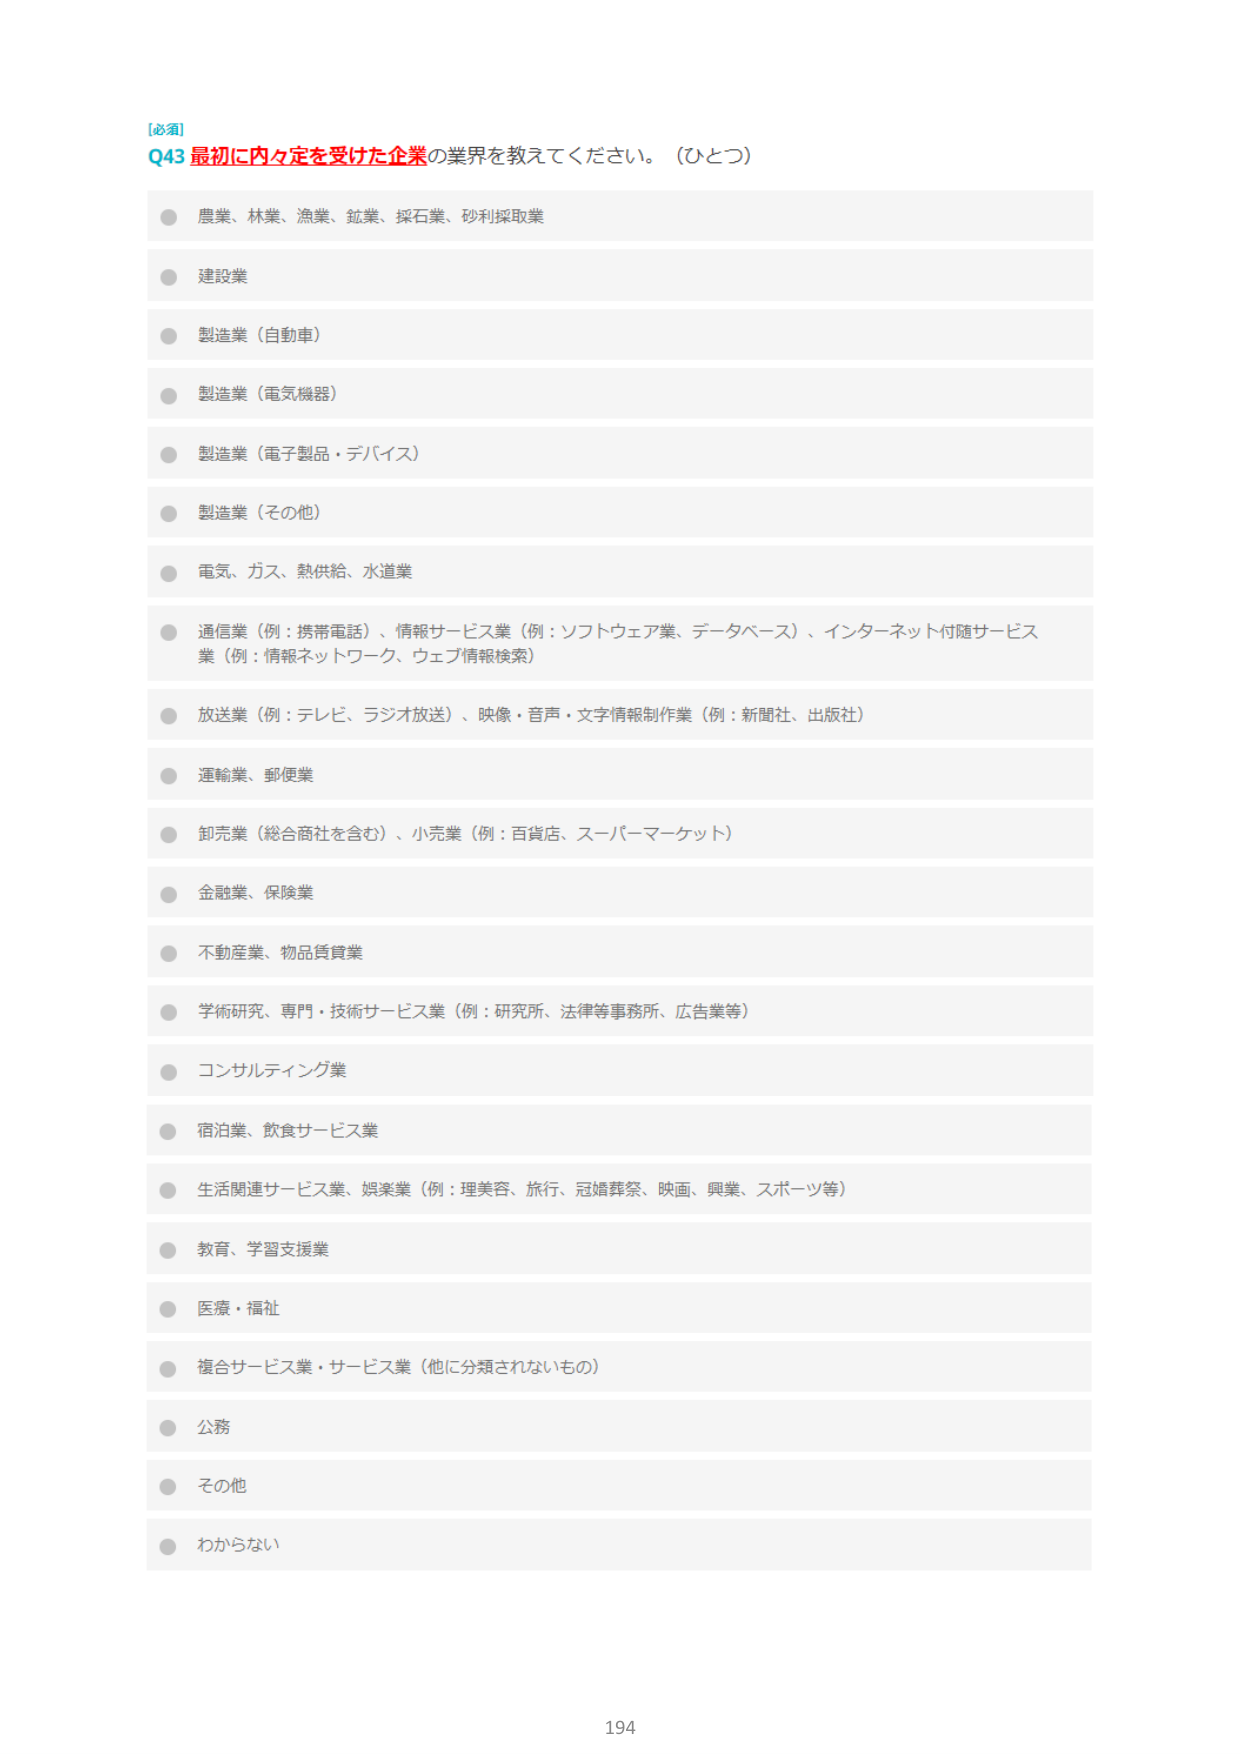
[必須]
Q43 最初に内々定を受けた企業の業界を教えてください。（ひとつ）

● 農業、林業、漁業、鉱業、採石業、砂利採取業
● 建設業
● 製造業（自動車）
● 製造業（電気機器）
● 製造業（電子製品・デバイス）
● 製造業（その他）
● 電気、ガス、熱供給、水道業
● 通信業（例：携帯電話）、情報サービス業（例：ソフトウェア業、データベース）、インターネット付随サービス業（例：情報ネットワーク、ウェブ情報検索）
● 放送業（例：テレビ、ラジオ放送）、映像・音声・文字情報制作業（例：新聞社、出版社）
● 運輸業、郵便業
● 卸売業（総合商社を含む）、小売業（例：百貨店、スーパーマーケット）
● 金融業、保険業
● 不動産業、物品賃貸業
● 学術研究、専門・技術サービス業（例：研究所、法律等事務所、広告業等）
● コンサルティング業
● 宿泊業、飲食サービス業
● 生活関連サービス業、娯楽業（例：理美容、旅行、冠婚葬祭、映画、興業、スポーツ等）
● 教育、学習支援業
● 医療・福祉
● 複合サービス業・サービス業（他に分類されないもの）
● 公務
● その他
● わからない

194